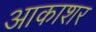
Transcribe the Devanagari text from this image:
आकाशर